Code of medical and sanitary regulations for the guidance of medical officers serving in the Madras Presidency - Volume II
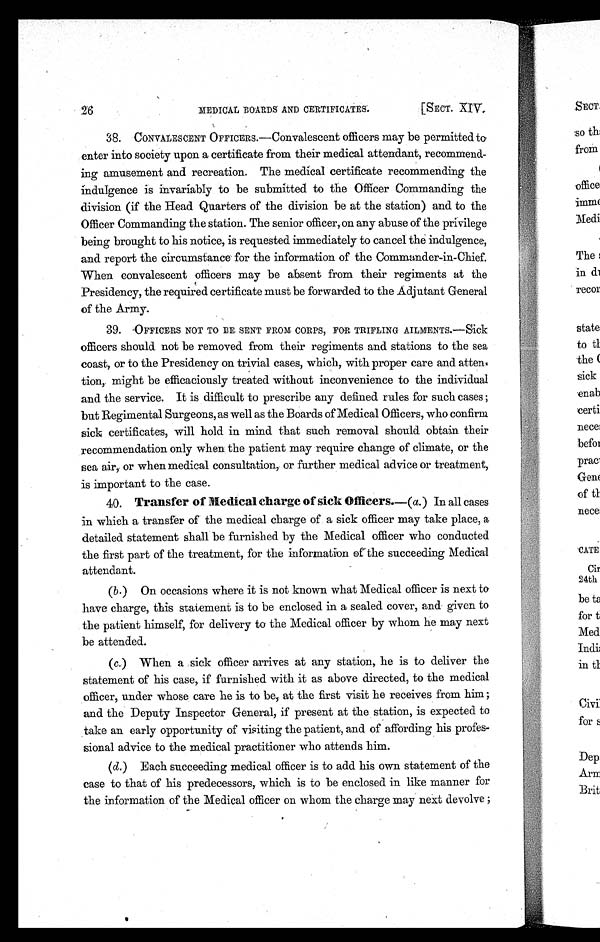
26
MEDICAL BOARDS AND CERTIFICATES.
[SECT. XIV.
38. CONVALESCENT OFFICERS.—Convalescent officers may be permitted to
enter into society upon a certificate from their medical attendant, recommend-
ing amusement and recreation. The medical certificate recommending the
indulgence is invariably to be submitted to the Officer Commanding the
division (if the Head Quarters of the division be at the station) and to the
Officer Commanding the station. The senior officer, on any abuse of the privilege
being brought to his notice, is requested immediately to cancel the indulgence,
and report the circumstance for the information of the Commander-in-Chief.
When convalescent officers may be absent from their regiments at the
Presidency, the required certificate must be forwarded to the Adjutant General
of the Army.
3 9 . O F F I C E R S
NOT TO BE SENT FROM CORPS, FOR TRIFLING AILMENTS.—Sick
officers should not be removed from their regiments and stations to the sea
coast, or to the Presidency on trivial cases, which, with proper care and atten
- t i o n , m i g h t b e e f f i c a c i o u s l y t r e a t e d w i t h o u t i n c o n v e n i e n c e t o t h e i n d i v i d u a l
and the service. It is difficult to prescribe any defined rules for such cases ;
but Regimental Surgeons, as well as the Boards of Medical Officers, who confirm
sick certificates, will hold in mind that such removal should obtain their
recommendation only when the patient may require change of climate, or the
sea air, or when medical consultation, or further medical advice or treatment,
is important to the case.
40. Transfer of Medical charge of sick Officers. —(a. ) In all cases
in which a transfer of the medical charge of a sick officer may take place, a
detailed statement shall be furnished by the Medical officer who conducted
the first part of the treatment, for the information of the succeeding Medical
attendant.
(b.) On occasions where it is not known what Medical officer is next to
have charge, this statement is to be enclosed in a sealed cover, and given to
the patient himself, for delivery to the Medical officer by whom he may next
be attended.
(c.) When a sick officer arrives at any station, he is to deliver the
statement of his case, if furnished with it as above directed, to the medical
officer, under whose care he is to be, at the first visit he receives from him ;
and the Deputy Inspector General, if present at the station, is expected to
take an early opportunity of visiting the patient, and of affording his profes-
sional advice to the medical practitioner who attends him.
(d.) Each succeeding medical officer is to add his own statement of the
case to that of his predecessors, which is to be enclosed in like manner for
the information of the Medical officer on whom the charge may next devolve ;